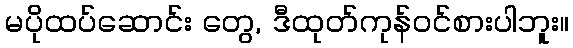
မပိုထပ်ဆောင်း တွေ, ဒီထုတ်ကုန်ဝင်စားပါဘူး။